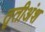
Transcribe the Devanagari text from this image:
तृतीअंश